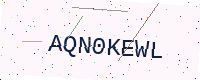
Text: AQN0KEWL